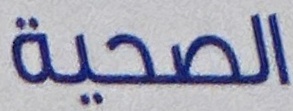
الصحية